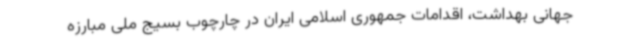
جهانی بهداشت، اقدامات جمهوری اسلامی ایران در چارچوب بسیج ملی مبارزه